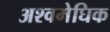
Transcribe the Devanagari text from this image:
अश्वमेघिक